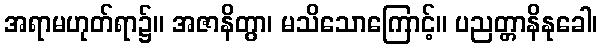
အရာမဟုတ်ရာ၌။ အဇာနိတွာ၊ မသိသောကြောင့်။ ပညတ္တာနိနုခေါ၊